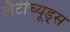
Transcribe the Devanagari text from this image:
लैटीच्यूड्स